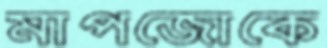
মাপজোকে